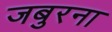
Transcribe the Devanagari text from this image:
जबुरना